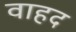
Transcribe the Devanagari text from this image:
वाहद